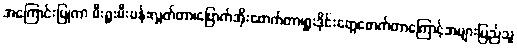
အကြောင်းပြုကာ မီးရှူးမီးပန်းလွှတ်တာ၊ဗြောက်အိုးဖောက်တာ၊ရှူးဒိုင်းတွေဖောက်တာကြောင့်အများပြည်သူ